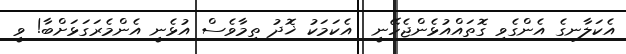
އެކަލާނގެ އެންގެވި ގޮތައްއުޅެންޖެހޭނީ  އެކަމަކު ޚޮދު ތިމާވެސް އުޅެނީ އެންމެރަގަޅަށްބާ! ވީ